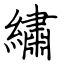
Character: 繡